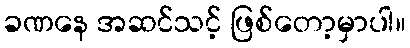
ခဏနေ အဆင်သင့် ဖြစ်တော့မှာပါ။